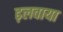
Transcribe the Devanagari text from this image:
ढ़लवाया